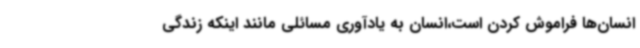
انسان‌ها فراموش کردن است،انسان به یادآوری مسائلی مانند اینکه زندگی